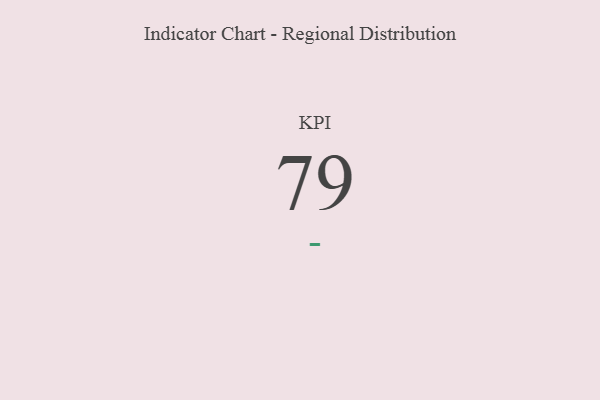
{"axis": {"x": "KPI", "y": "Value"}, "legend": [""], "data": [{"x": "KPI", "y": 79, "type": ""}]}